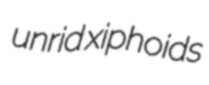
unrid xiphoids